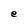
Character: e